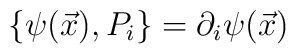
\{\psi(\vec{x}), P_{i}\} = \partial_{i}\psi(\vec{x})